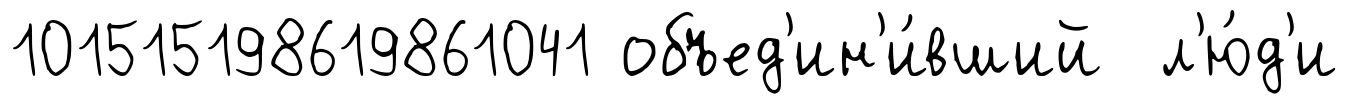
101515198619861041 объед'ин'и́вший л'ю́д'и